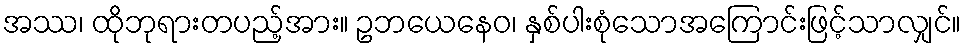
အဿ၊ ထိုဘုရားတပည့်အား။ ဥဘယေနေဝ၊ နှစ်ပါးစုံသောအကြောင်းဖြင့်သာလျှင်။